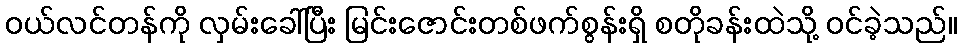
ဝယ်လင်တန်ကို လှမ်းခေါ်ပြီး မြင်းဇောင်းတစ်ဖက်စွန်းရှိ စတိုခန်းထဲသို့ ဝင်ခဲ့သည်။